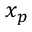
x _ { p }